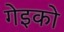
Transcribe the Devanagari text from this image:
गेइको